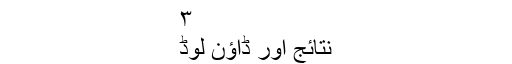
۳
نتائج اور ڈاؤن لوڈ